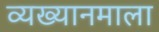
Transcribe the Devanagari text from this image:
व्यख्यानमाला